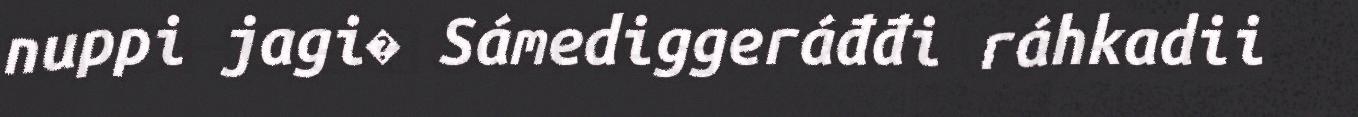
nuppi jagi� Sámediggeráđđi ráhkadii